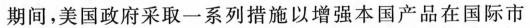
期间，美国政府采取一系列措施以增强本国产品在国际市